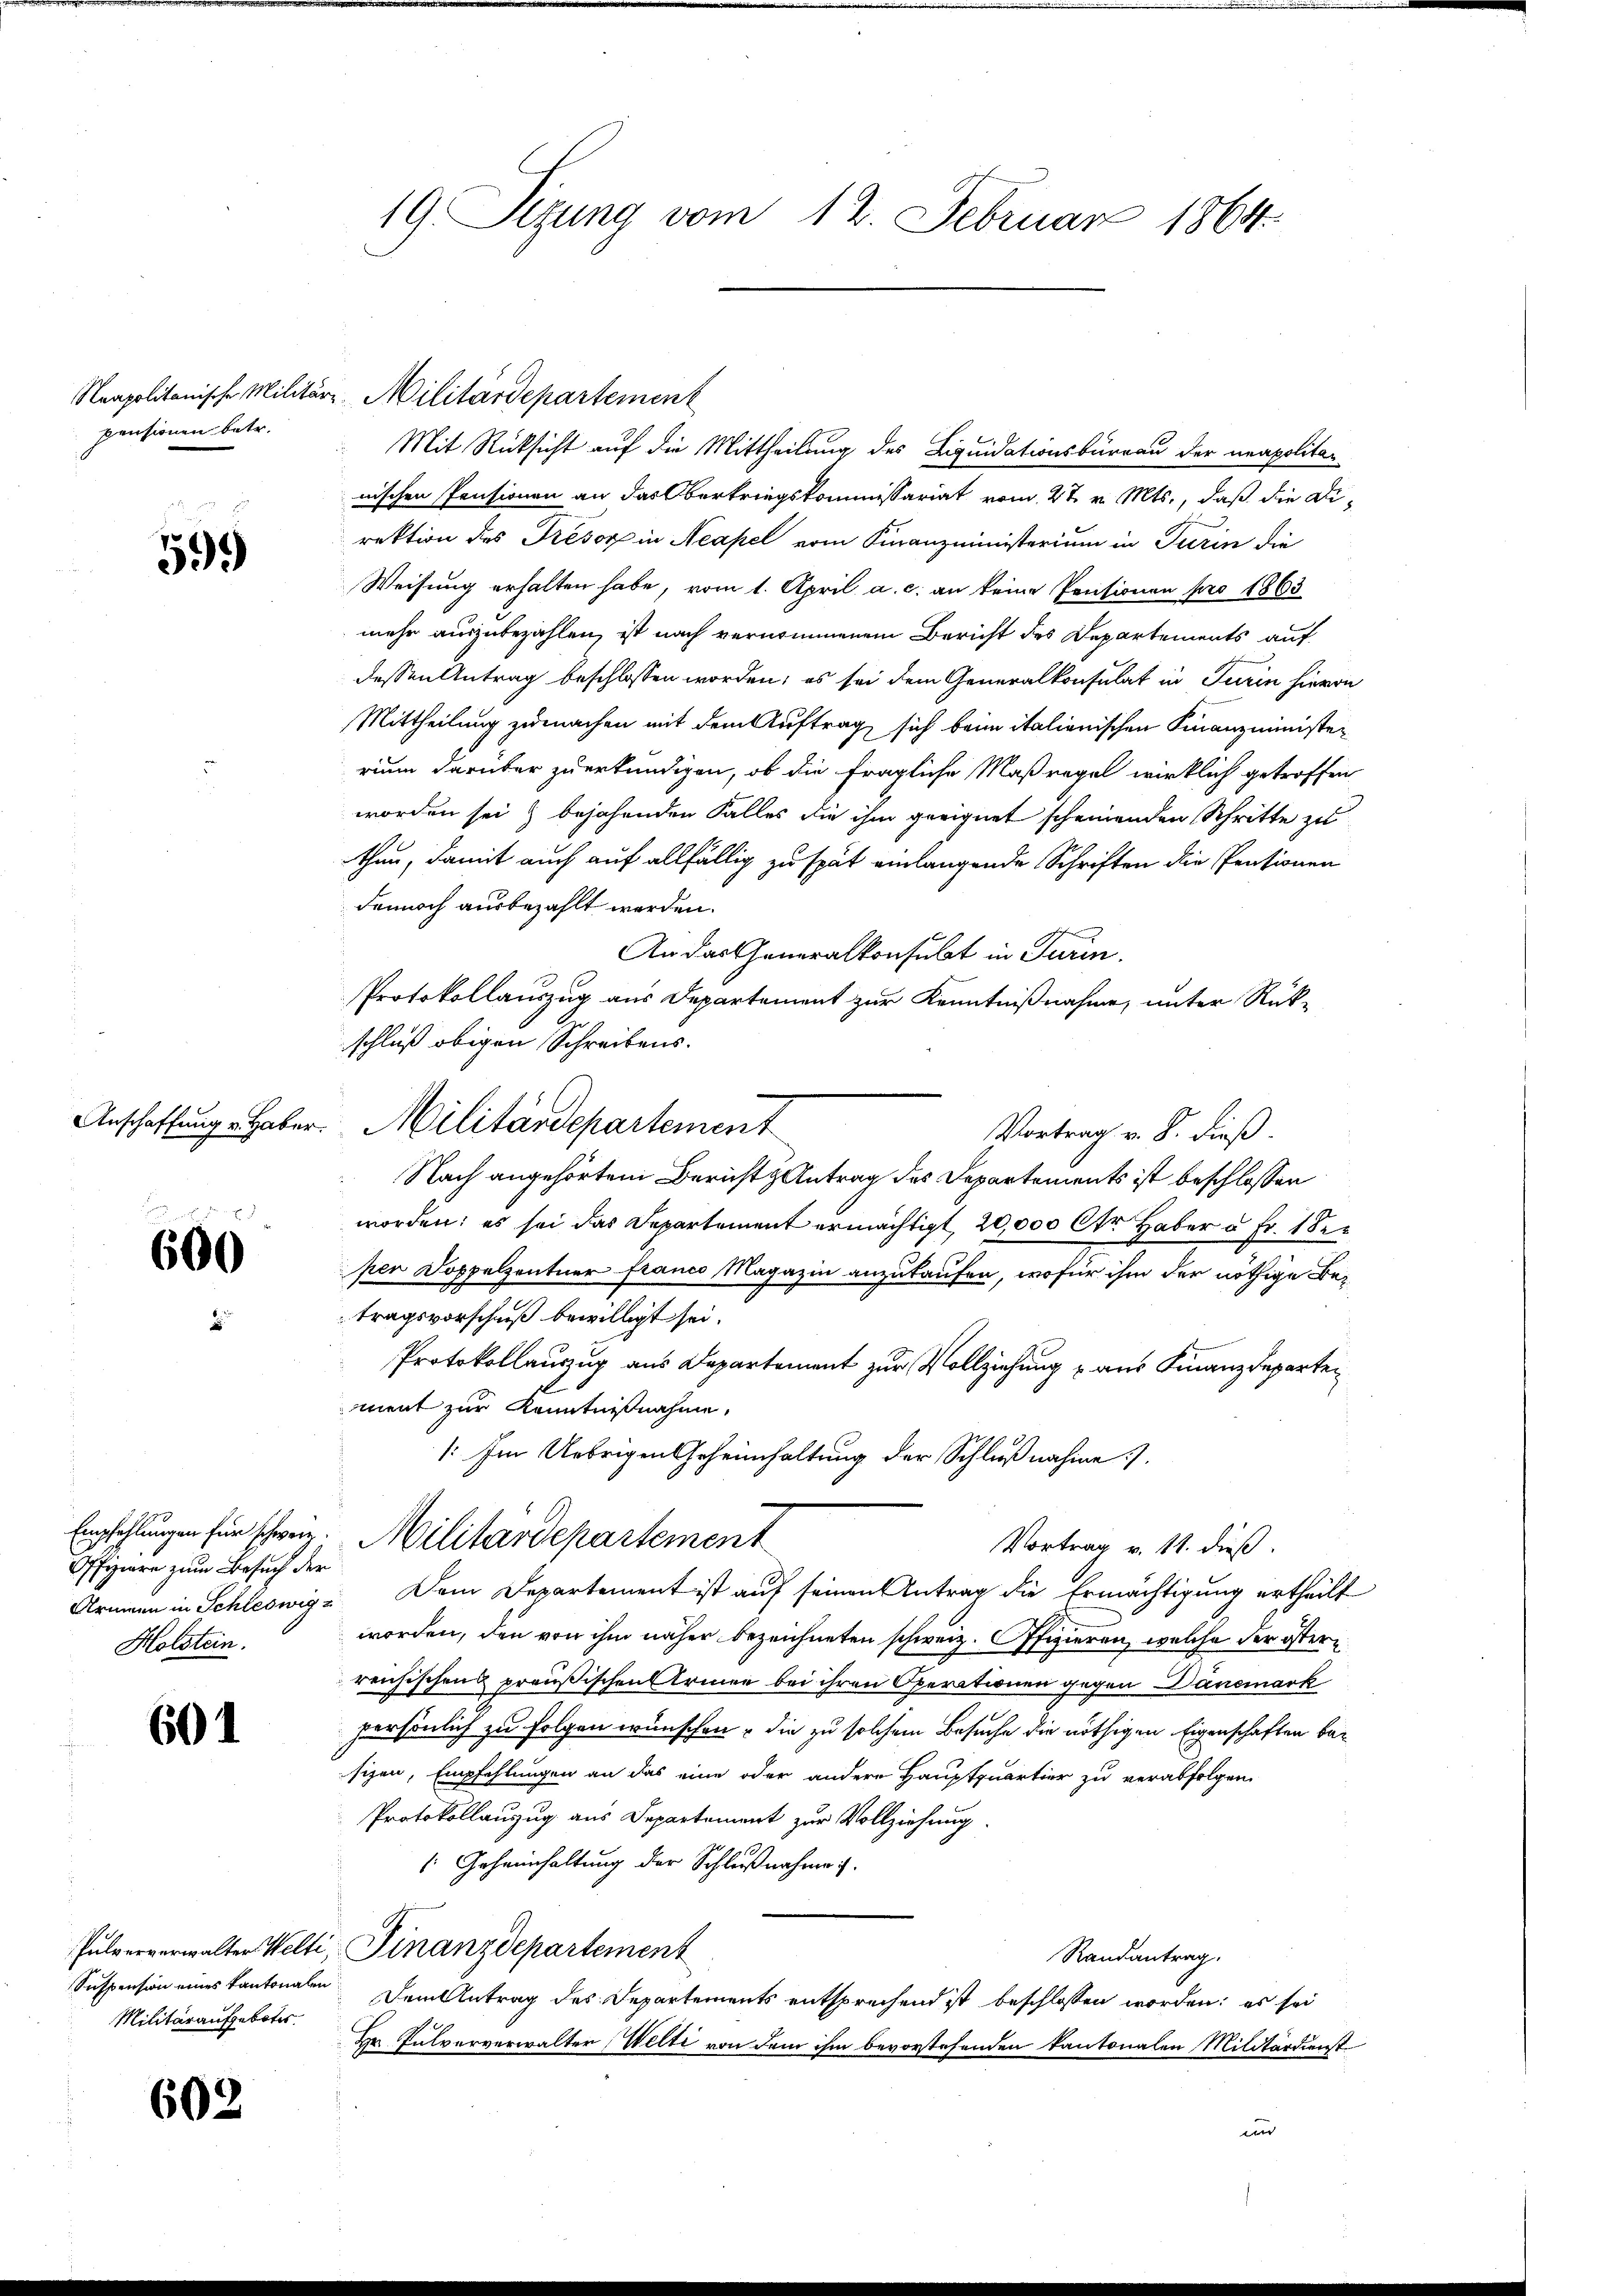
pensionen betr.

599

600

Offiziere zum Besuch der
Holstein.

601

Suspension eines Kantonalen
Militäraufgebotes

602

Mit Rücksicht auf die Mittheilung des Liquidationsbüreau der neapolitar
nischen Pensionen an das Oberkriegskommissariat vom 27. v. Mts., daß die Direktion des Trésor in Neapel vom Finanzministerium in Turin die
Weisung erhalten habe, vom 1. April a. c. an keine Pensionen pro 1863
mehr auszubezahlen, ist nach vernommenem Bericht des Departements auf
dessen Antrag beschlossen worden; es sei dem Generalkonsulat in Turin hievon
Mittheilung zumachen mit dem Auftrag sich beim italionischen Finanzministerium darüber zu erkundigen, ob die fragliche Maßregel wirklich getroffen
worden sei & bejahenden Falles die ihm geeignet scheinenden Schritte zu
then, damit auch auf allfällig zu spät einlangende Schriften die Pensionen
dennoch ausbezahlt werden.
An das Generalkonsubt in Turin
Protokollauszug aus Departement zur Kenntnißnahme, unter Rück-
schluß obigen Schreibens.
Anschaffung Haber Militärdepartement
Vortrag v. 8. dieß.
Nach angehörtem Bericht & Antrag des Departements ist beschlossen
worden; es sei das Departement ermächtigt, 20,000 Ctr. Haber u Fr. 1 der
per Doppelzentner franco Magazin anzukaufen, wofür ihm der nöthige Betragsvorschuß bewilligt sei.
Protokollauszug aus Departement zur Vollziehung aus Finanzdeparten
ment zur Kenntnißnahme,
/: Im Uebrigen Geheimhaltung der Schlußnahme).
Empfehlungen für schweiz. Militärdepartement
Vortrag v. 11. dieß.
Armann in Schleswig Dem Departement ist auf seinen Antrag die Ermächtigung ertheilt
worden, den von ihm näher bezeichneten schweiz. Offizieren, welche der österreichischens preußischen Armen bei ihren Operationen gegen Dänemark
persönlich zu folgen wünschen, die zu solchem Besuche die nöthigen Eigenschaften besizen, Empfehlungen an das eine oder andere Hauptquartier zu verabfolgen.
Protokollauzug aus Departement zur Vollziehung.
: Geheimhaltung der Schlußnahme.
Pulververwalter Welti Finanzdepartement
Randantrag.
Dem Antrag des Departements entsprechend ist beschlossen worden; es sei
Dr. Pulververwalter Welti von dem ihm bevorstehenden Kantonalen Militärdienst
n

19. Sizung vom 12. Februar 1864.

Neapolitanische Militär-Militärdepartement